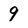
Character: 9